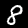
Label: 8